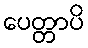
ပေတ္တာပိ